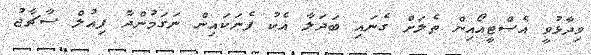
ވިދާޅުވީ އެސްޓީއޯއިން ތެލަށް ގެނައި ބަދަލާ އެކު ފެނަކައިން ނަގަމުންދާ ފިއުލް ސާޗާޖު